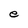
Character: e